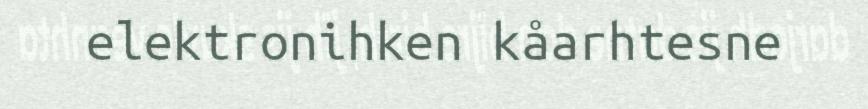
elektronihken kåarhtesne